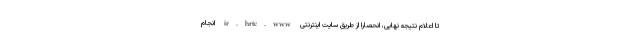
تا اعلام نتیجه نهایی، انحصاراً از طریق سایت اینترنتی ir.hrtc.www انجام